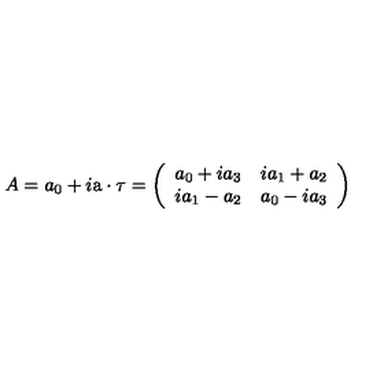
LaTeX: A = a _ { 0 } + i \mathrm { \boldmath a } \cdot \mathrm { \boldmath \tau } = \left( \begin{array} { c c } { a _ { 0 } + i a _ { 3 } } & { i a _ { 1 } + a _ { 2 } } \\ { i a _ { 1 } - a _ { 2 } } & { a _ { 0 } - i a _ { 3 } } \\ \end{array} \right)